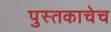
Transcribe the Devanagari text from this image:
पुस्तकाचेच